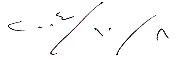
٢٠٠٤/١٠/٨